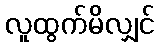
လူထွက်မိလျှင်